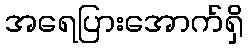
အရေပြားအောက်ရှိ